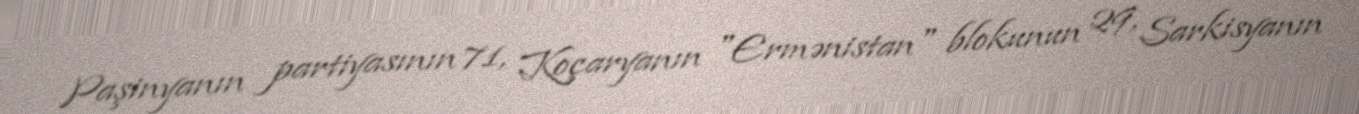
Paşinyanın partiyasının 71, Koçaryanın "Ermənistan" blokunun 29, Sarkisyanın